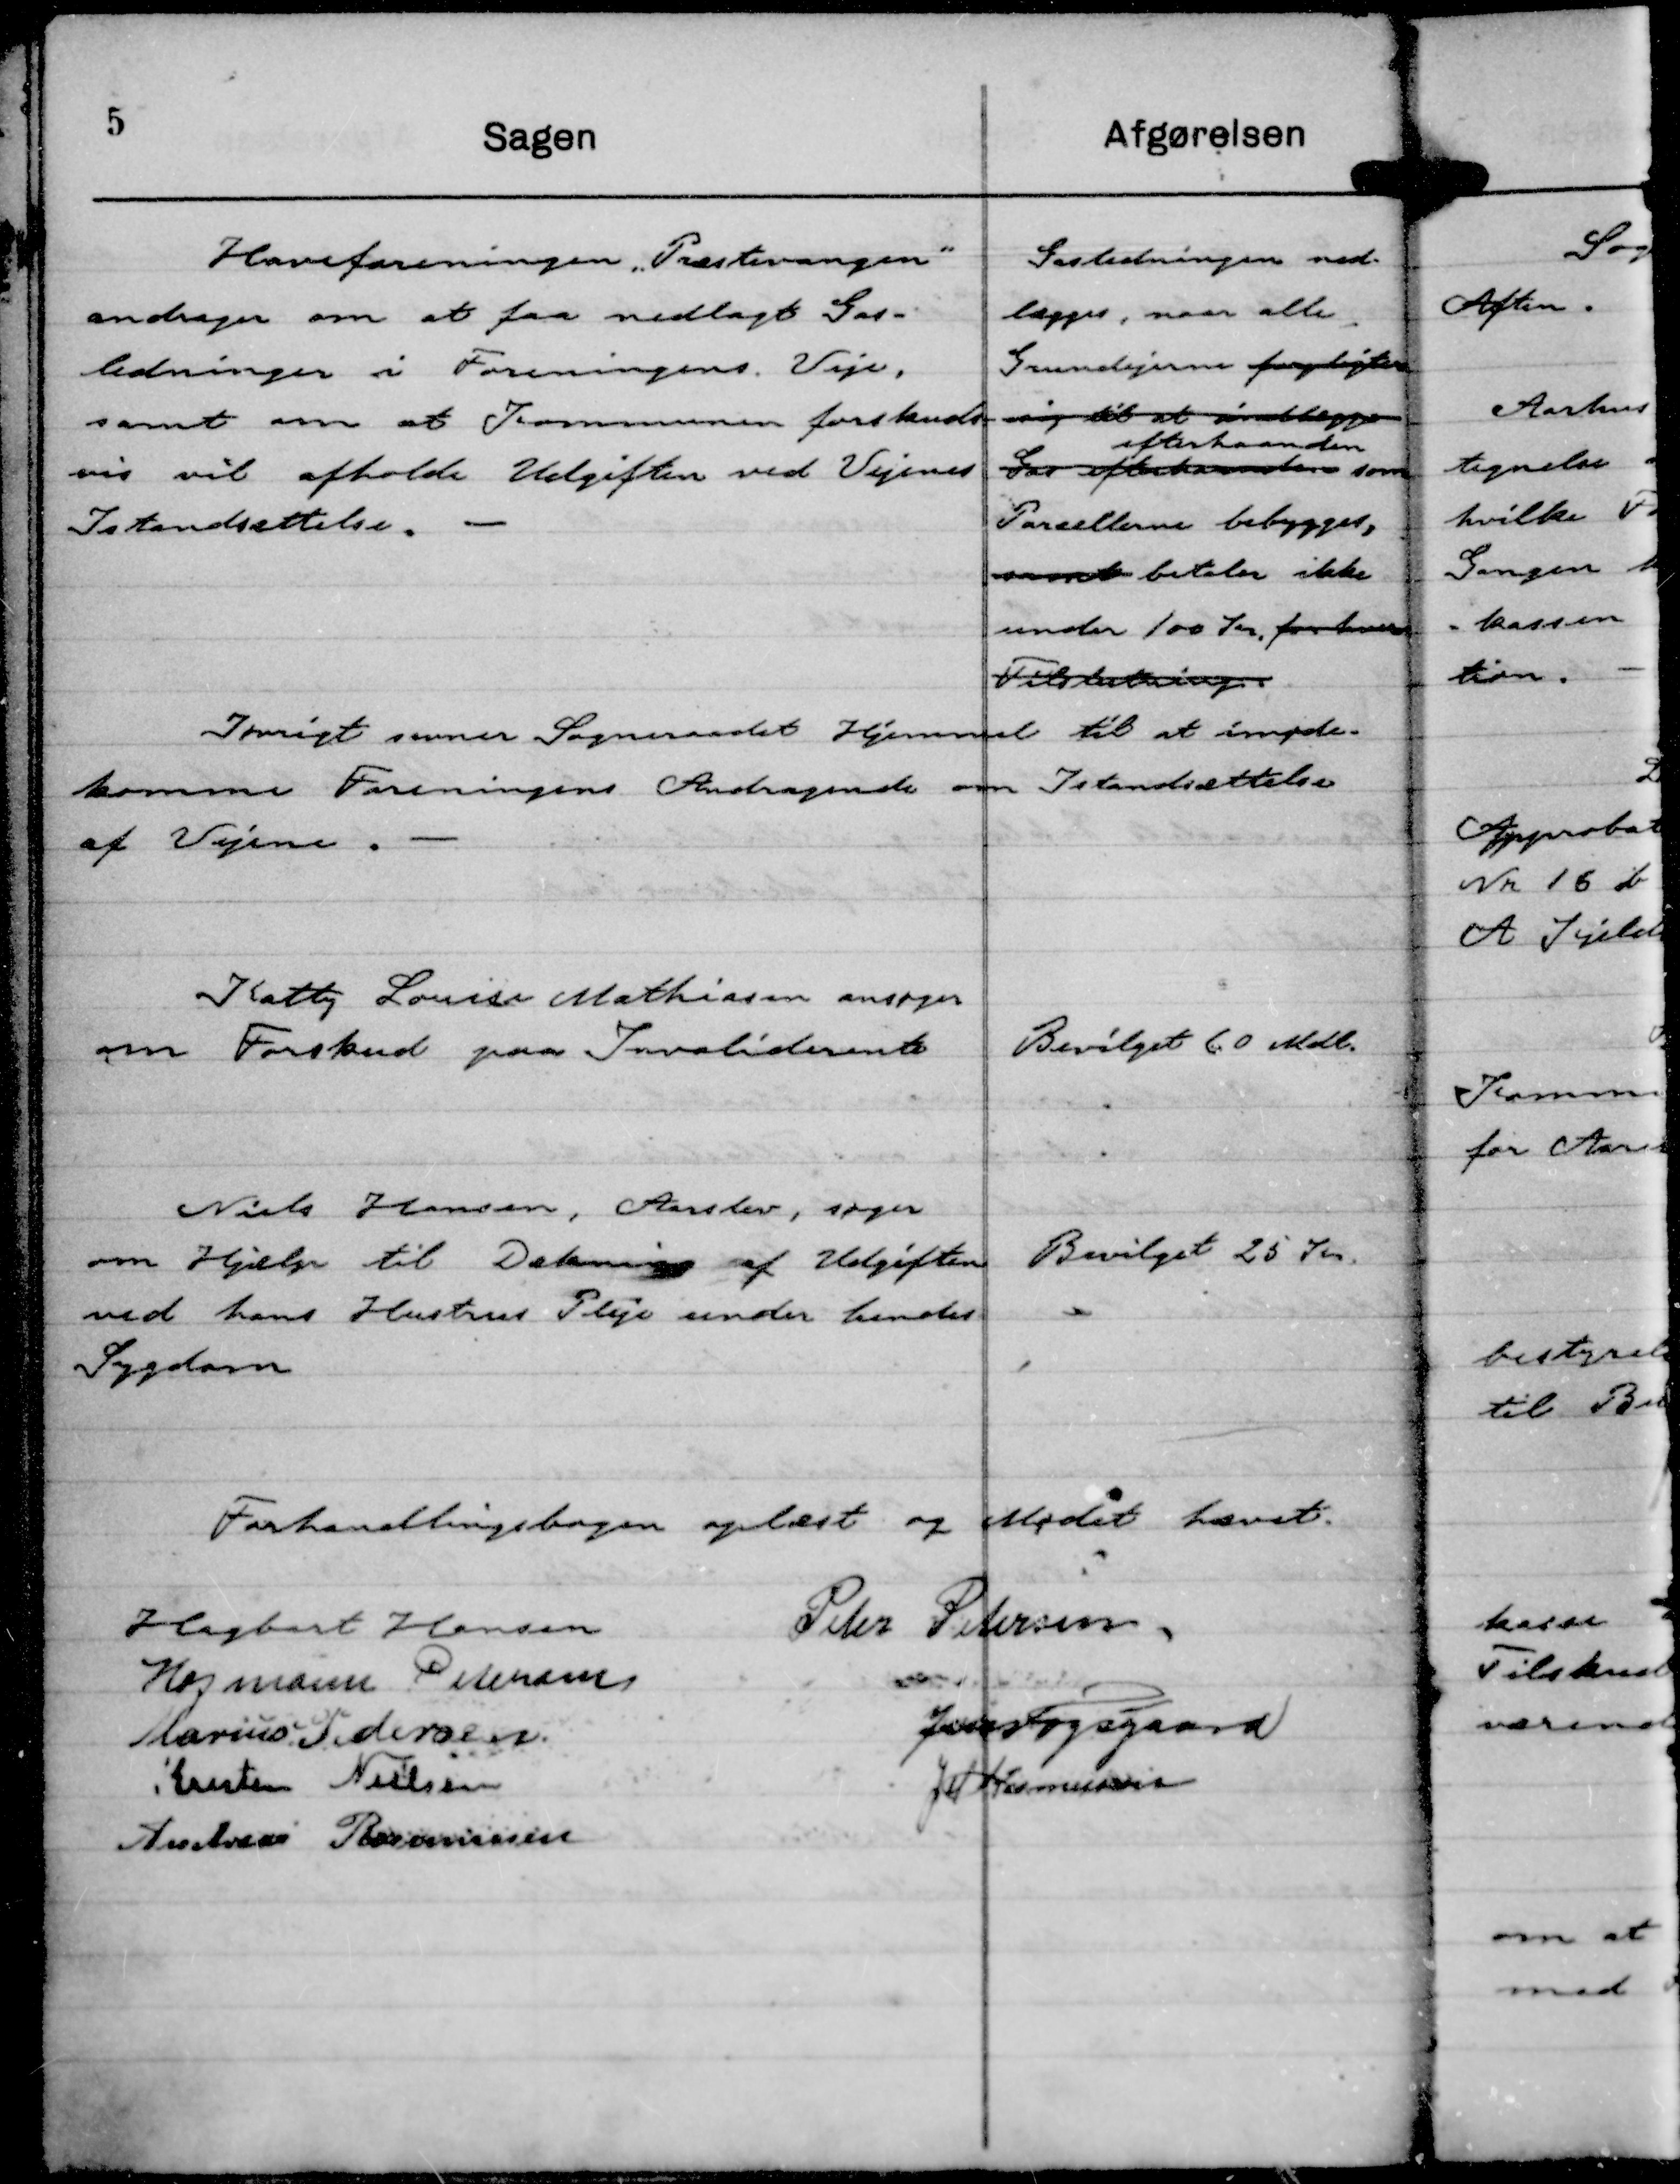
Transskription:
Haveforeningen "Præstevangen"
andrager om at faa nedlagt Gas-
ledninger i Foreningens Veje,
samt om at Kommunen forskuds-
vis vil afholde Udgiften ved Vejenes
Istandsættelse.

Gasledningen ned-
lægges, naar alle
Grundejerne forpligter
sig til at indlægge
efterhaanden
Gas efter ønskerne som
Pacellerne bebygges,
snarest betaler ikke
under 100 Kr. for hver
Tilslutning.

Iøvrigt savner Sogneraadet Hjemmel til at imøde-
komme Foreningens Andragende om Istandsættelse
af Vejene.

Katty Louise Mathiasen ansøger
om Forskud paa Invaliderente

Bevilget 60 Mdl.

Niels Hansen, Aarslev, søger
om Hjælp til Dækning af Udgiften
ved hans Hustrus Pleje under hendes
Sygdom

Bevilget 25 Kr.

Forhandlingsbogen oplæst og Mødet hævet.
Hagbart Hansen
Peter Petersen
Hofmann Petersen

Marius Pedersen
Jens Fogsgaard
Kresten Nielsen
J M Rasmussen
Andreas Rasmussen